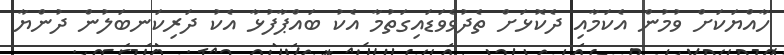
ހާއްޔަކަށް ވުމުން އެކަމާއި ދެކޮޅަށް ތެދުވެވަޑައިގަތުމާ އެކު ބައްޕާފުޅާ އެކު ދަރިކަނބަލުން ދުންޔާ